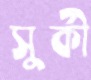
সুর্কী